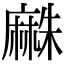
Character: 𪎡